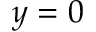
y = 0